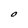
Character: O